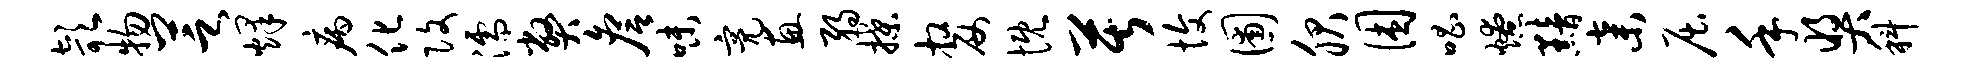
欹物芝烽病化改濡弊詹味亮惠弱揲嫠慨苦愎圃服困唱燎黯弃屈手奖科